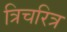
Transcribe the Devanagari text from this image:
त्रिचरित्र